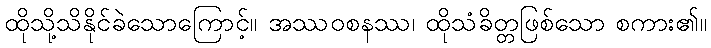
ထိုသို့သိနိုင်ခဲသောကြောင့်။ အဿဝစနဿ၊ ထိုသံခိတ္တဖြစ်သော စကား၏။